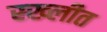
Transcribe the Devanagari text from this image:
स्ख्लीत